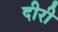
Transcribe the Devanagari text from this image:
दीरी